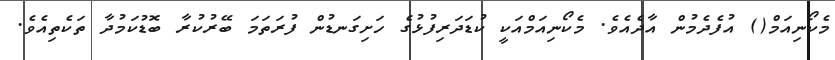
މެކޯނިއަމް() އުފެދެމުން އާދެއެވެ. މެކޯނިއަމްއަކީ ކުޑަދަރިފުޅުގެ ހަށިގަނޑުން ފުރަތަމަ ބޭރުކުރާ ބޮޑުކަމުދާ ތަކެތިއެވެ.